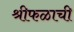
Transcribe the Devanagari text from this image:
श्रीफळाची